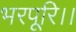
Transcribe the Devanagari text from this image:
भरपूरि।।